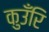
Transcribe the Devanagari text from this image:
कुउँरि